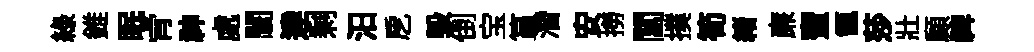
緑錐眠肻神處闤達剩汨戹毀倒宝篔濳安撈閶撲筍緖亷蜜甑莎壯顧禆